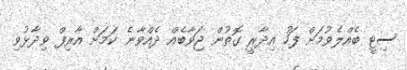
ސިޓީ ބެއްލެވުމަށް ފަހު އިދާރީ ގޮތުން ޖަވާބެއް ދެއްވާނެ ކަމަށް އާރިފް ވިދާޅުވި